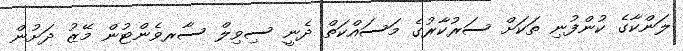
ލަންކާގެ ކުންފުނި ތަކަށް ސަރުކާރުގެ މަސައްކަތް ދެނީ ސިވިލް ސާރވެންޓުން މޭޒު ދަށުން